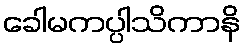
ခေါမကပ္ပါသိကာနိ